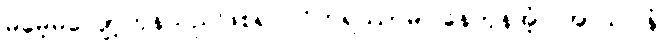
မမေ့မလျော့ကုန်သည်ဖြစ၍။ ဝိဟရိဿာမ၊ နေကုန်အံ့။ အာသဝါနံ၊